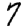
Digit: 7